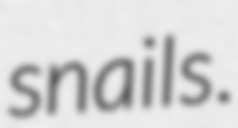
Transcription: snails.